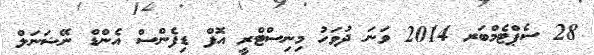
28 ސެޕްޓެމްބަރ 2014 ވަނަ ދުވަހު މިނިސްޓްރީ އޮފް ޑިފެންސް އެންޑް ނޭޝަނަލް